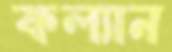
কল্যান